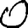
Digit: 0